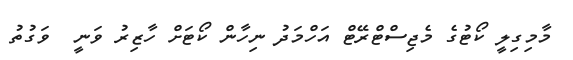
މާމިގިލީ ކޯޓުގެ މެޖިސްޓްރޭޓް އަހްމަދު ނިހާން ކޯޓަށް ހާޒިރު ވަނީ  ވަގުތު